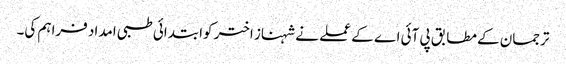
ترجمان کے مطابق پی آئی اے کے عملے نے شہناز اختر کوابتدائی طبی امداد فراہم کی۔